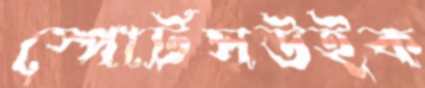
স্পোর্টসউইক